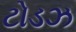
ટોડઝ